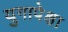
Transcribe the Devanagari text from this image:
युगापेक्षा